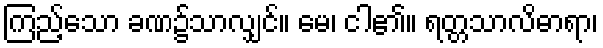
ကြည့်သော ခဏ၌သာလျှင်။ မေ၊ ငါ၏။ ရတ္တသာလိဓာရာ၊